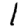
Digit: 1